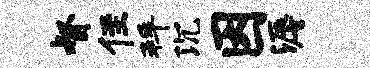
督侄拜沉因溽